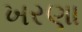
ખરણા